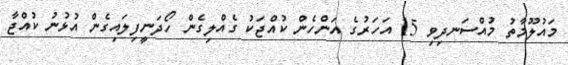
މައުލޫމާތު މުއްސަނދިވި 15 އަހަރުގެ އަންހެން ކުއްޖަކު ގެއްލިގެން ހޯދަނީފިލައިގެން އުޅުނު ކުއްޖާ